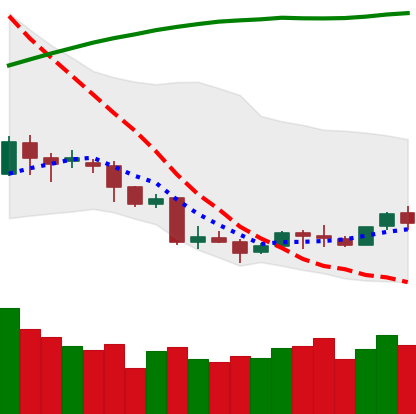
Ticker: LINK-USD
Chart end date: 2018-04-09
Forward return: 26.476%
Label: up_7plus